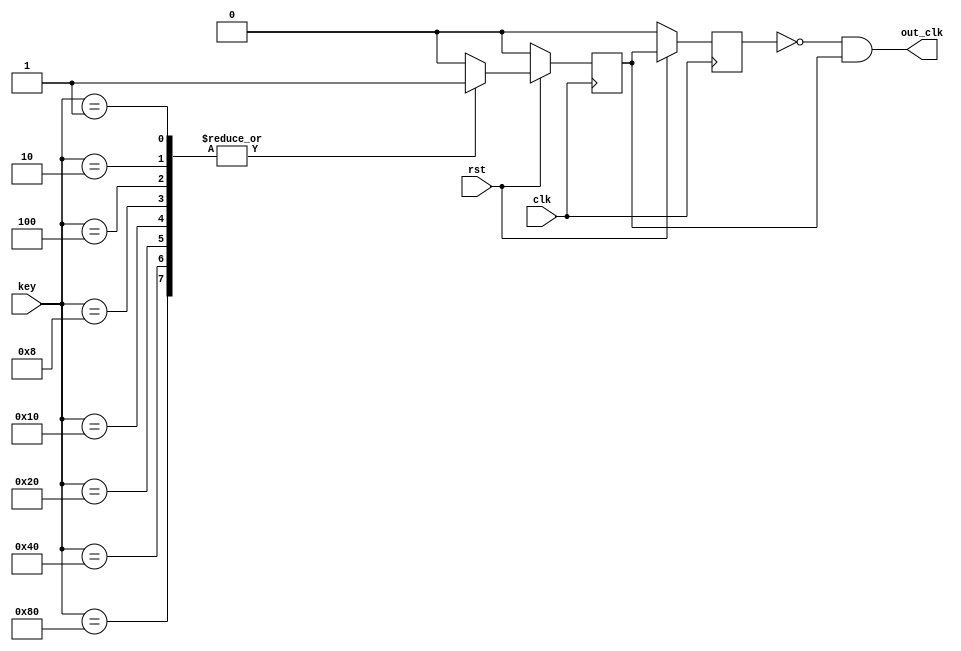
`timescale 1ns / 1ps
//////////////////////////////////////////////////////////////////////////////////
// Company: 
// Engineer: 
// 
// Design Name: 
// Module Name: detect_key
// Project Name: 
// Target Devices: 
// Tool Versions: 
// Description: 
// 
// Dependencies: 
// 
// Revision:
// Revision 0.01 - File Created
// Additional Comments:
// 
//////////////////////////////////////////////////////////////////////////////////
module detect_key(
 input clk,
 input [7:0] key,
 input rst,
 output out_clk
    );
    reg clock;
    always@(*)begin
    case(key)
      8'b1000_0000: begin clock=1'b1;end
      8'b0100_0000: begin clock=1'b1;end
      8'b0010_0000: begin clock=1'b1;end
      8'b0001_0000: begin clock=1'b1;end
      8'b0000_1000: begin clock=1'b1;end
      8'b0000_0100: begin clock=1'b1;end
      8'b0000_0010: begin clock=1'b1;end
      8'b0000_0001: begin clock=1'b1;end
      default clock=1'b0;
    endcase  
    end
    
      reg trig1,trig2 ;
      always @(posedge clk) 
         if(~rst) 
         trig1<= 1'b0;
         else begin
         trig1 <= clock;
         end
     
       always @(posedge clk) 
         if(~rst) 
         trig2<= 1'b0;
         else begin
         trig2 <= trig1; end
   
       assign out_clk = (~trig2) & trig1;
       
endmodule